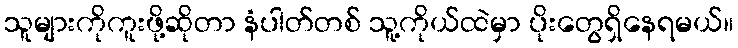
သူများကိုကူးဖို့ဆိုတာ နံပါတ်တစ် သူ့ကိုယ်ထဲမှာ ပိုးတွေရှိနေရမယ်။